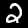
Label: 2